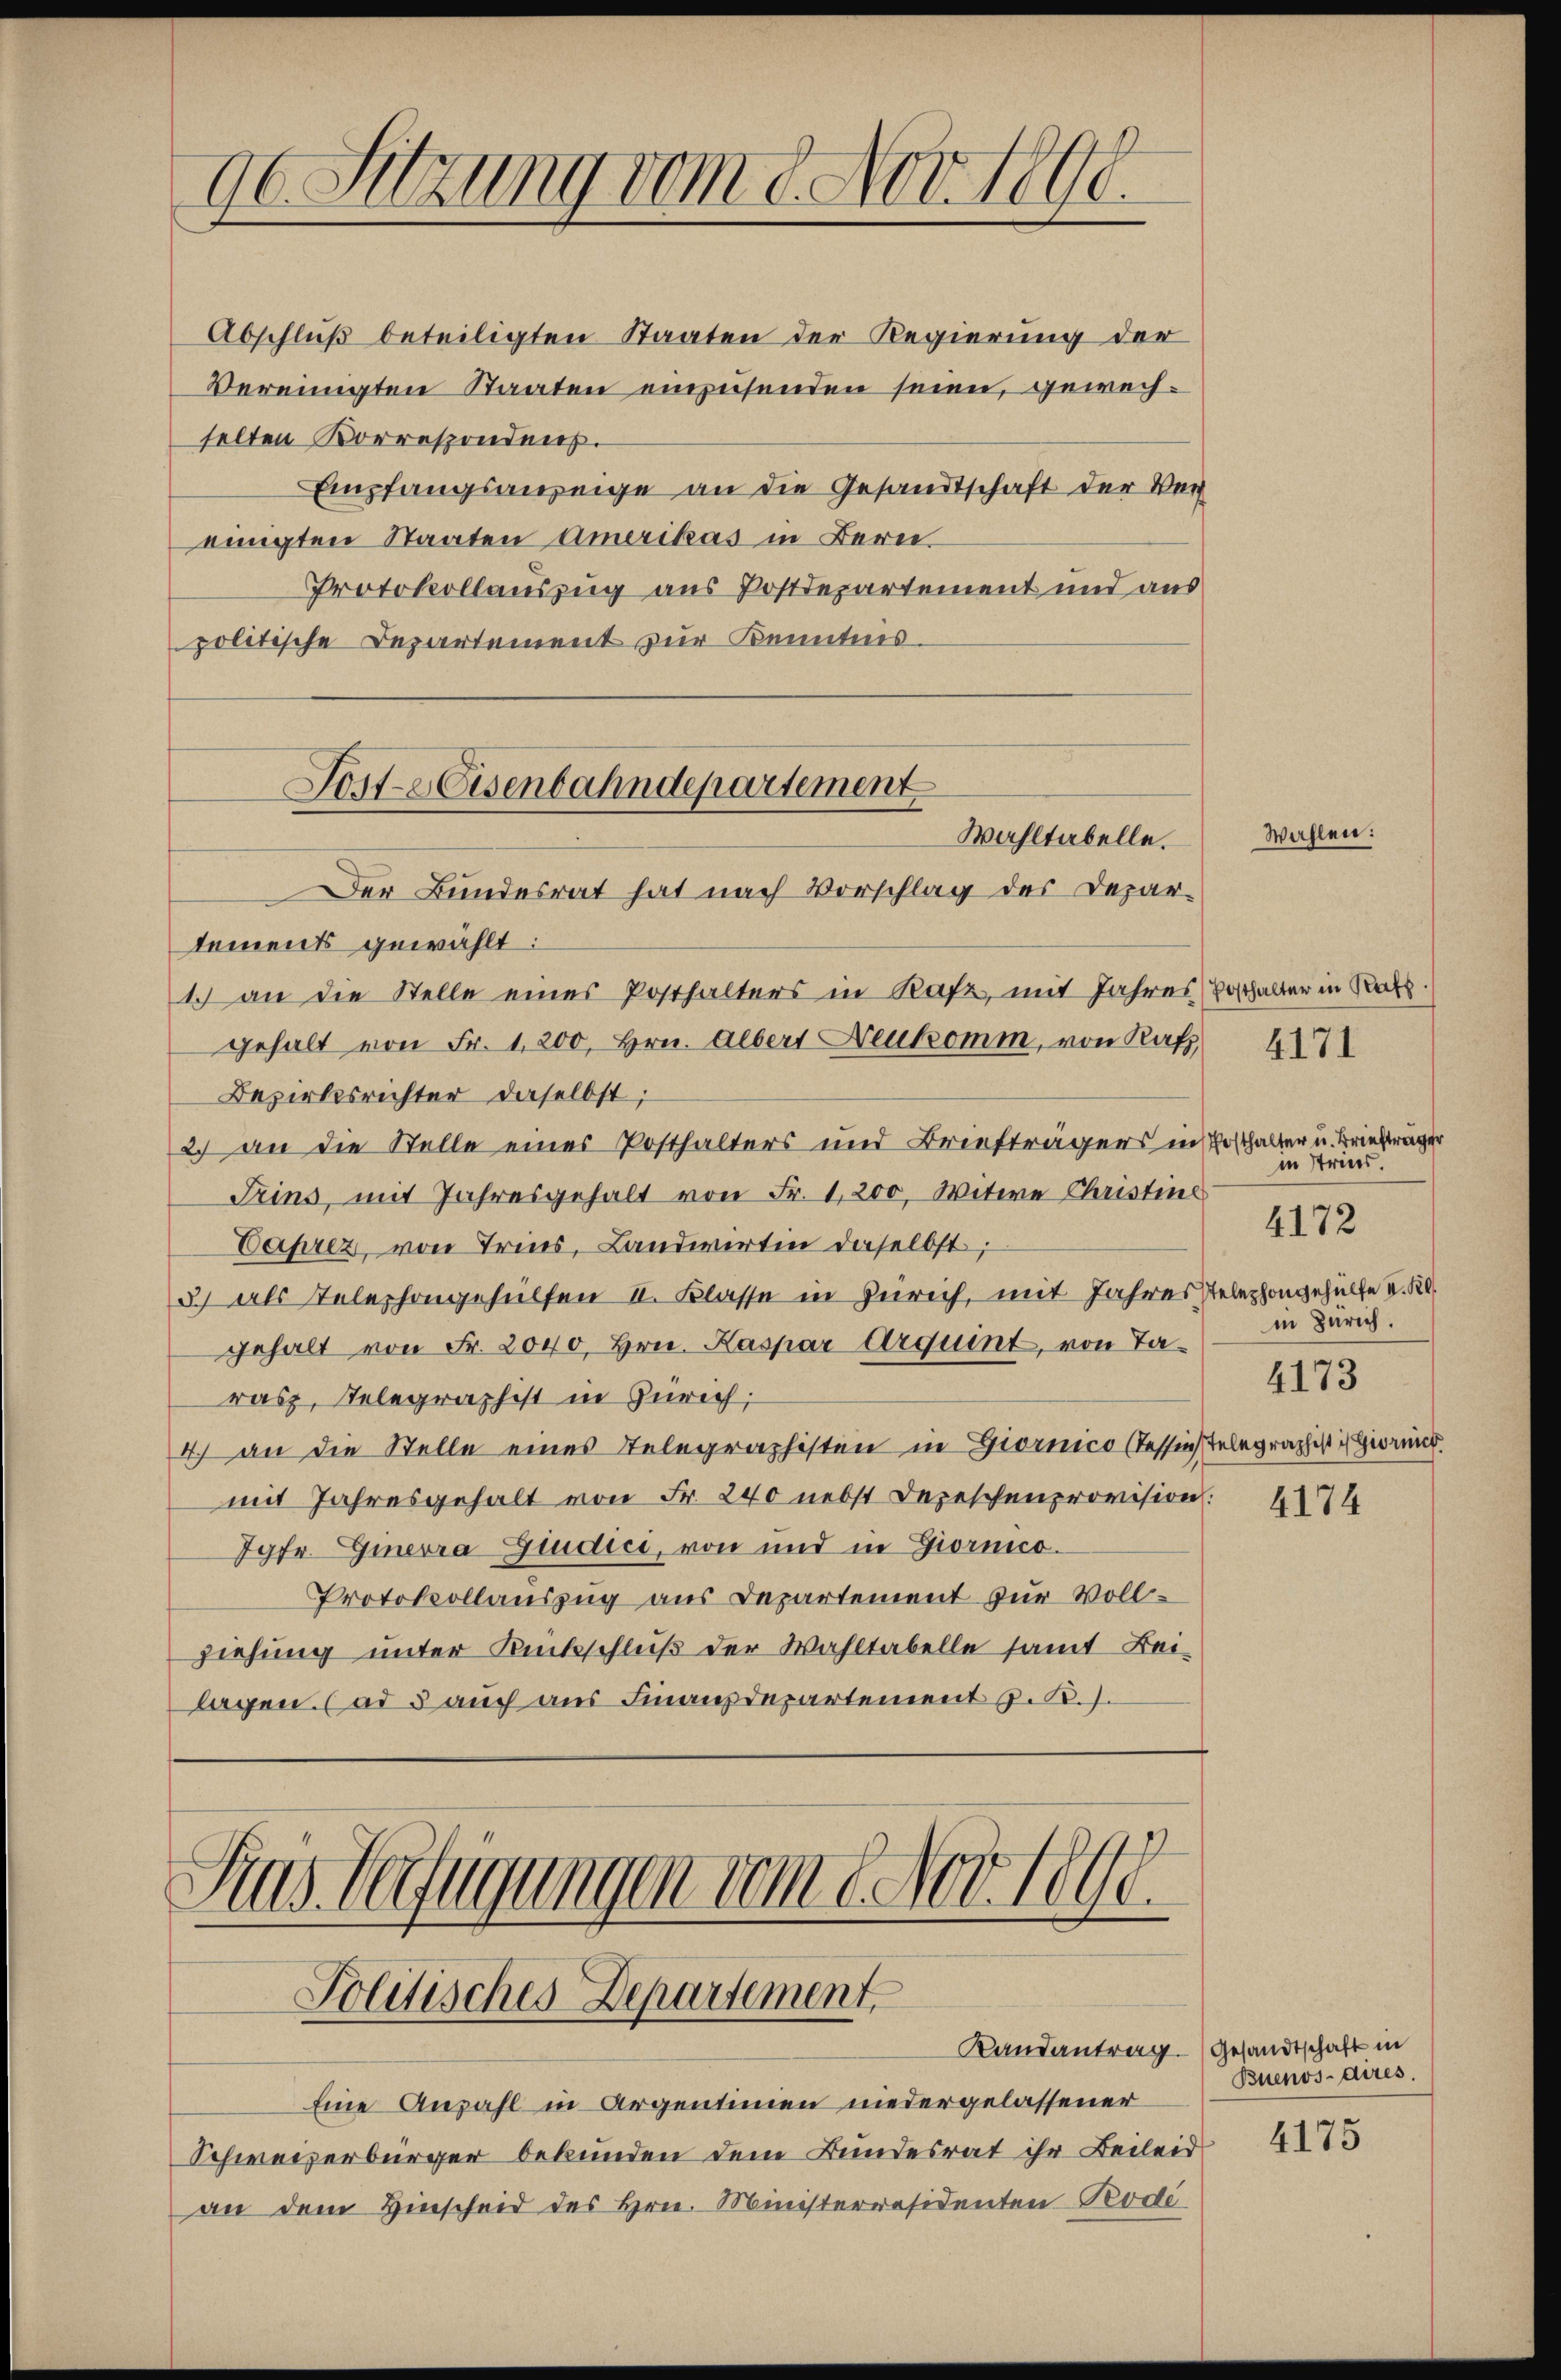
96. Sitzung vom 8. Nov. 1890.

Abschluß beteiligten Staaten der Regierung der
Vereinigten Staaten einzusenden seien, gewechselten Vorrespondens.
Empfangsanzeige an die Gesandtschaft der Ver
einigten Staaten Amerikas in Bern
Protokollauszug aus Postdepartement und aus
politische Departement zur Kenntnis

Fort-Eisenbahndepartement
Wahltabelle.
Der Bundesrat hat nach Vorschlag des Depar-

Gras Verfügungen vom 8. Nov. 1890.
Politisches Departement

tements gewählt:
1. an die Stelle eines Posthalters in Rafz, mit Jahres Beschalter in Ra
gehalt von Fr. 1. 200, Hrn. Albert Neukomm, von Rafz,
Bezirksrichter daselbst;
2.) an die Stelle einer Posthalters und Briefträgers in Posthalter u. Briefträger
Trins, mit Jahresgehalt von Fr. 1,200, Witwe Christine
Caprez, von Tries, Landwirtin daselbst;
3) als Telephongehülfen II. Klasse in Zürich, mit Jahres stelephongehülfe I. Kl
gehalt von Fr. 2040, Hrn. Kaspar Arquint, von Tarasz, Telegraphist in Zürich;
4) an die Stelle eines Telegraphisten in Giornico (Tessinstelegraphist in Grund
mit Jahresgehalt von Fr. 240 nebst Depeschenprovision.
Jgfr. Ginevra Giudici, von und in Giornico.
Protokollauszug aus Departement zur Vollziehung unter Rückschluß der Wahltabelle samt Bei-
lagen. (ad 5 auch aus Finanzdepartement z. R./.

Randantrag (Gesandtschaft in
Eine Anzahl in Argentinien niedergelassener
Schweizerbürger bekunden dem Bundesrat ihr Beileid
an dem Hinscheid des Hrn. Ministerräsidenten Tode

Wahlen

4171

in Stries.
in Zürich.
4173

4172

4174

Buenos-dires.

4175